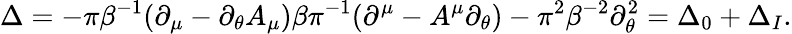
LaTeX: \Delta=-\pi\beta^{-1}(\partial_{\mu}-\partial_{\theta}A_{\mu})\beta\pi^{-1}(\partial^{\mu}-A^{\mu}\partial_{\theta})-\pi^{2}\beta^{-2}\partial_{\theta}^{2}=\Delta_{0}+\Delta_{I}.